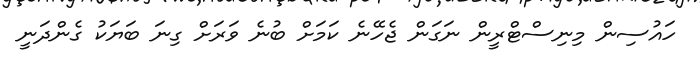
ހައުސިން މިނިސްޓްރީން ނަގަން ޖެހޭނެ ކަމަށް ބުނެ ވަރަށް ގިނަ ބަޔަކު ގެންދަނީ